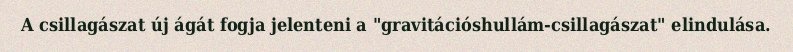
A csillagászat új ágát fogja jelenteni a "gravitációshullám-csillagászat" elindulása.